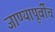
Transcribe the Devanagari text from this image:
जाण्यापूर्वीच